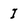
Character: I